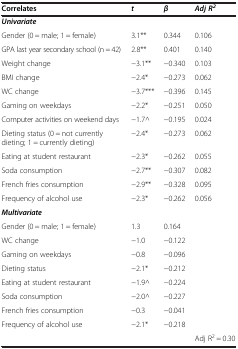
<table><thead><tr><td><b>Correlates</b></td><td><b><i>t</i></b></td><td><b><i>β</i></b></td><td><b><i>Adj R</i><sup><i>2</i></sup></b></td></tr></thead><tbody><tr><td><b><i>Univariate</i></b></td><td> </td><td> </td><td> </td></tr><tr><td>Gender (0 = male; 1 = female)</td><td>3.1**</td><td>0.344</td><td>0.106</td></tr><tr><td>GPA last year secondary school (n = 42)</td><td>2.8**</td><td>0.401</td><td>0.140</td></tr><tr><td>Weight change</td><td>-3.1**</td><td>-0.340</td><td>0.103</td></tr><tr><td>BMI change</td><td>-2.4*</td><td>-0.273</td><td>0.062</td></tr><tr><td>WC change</td><td>-3.7***</td><td>-0.396</td><td>0.145</td></tr><tr><td>Gaming on weekdays</td><td>-2.2*</td><td>-0.251</td><td>0.050</td></tr><tr><td>Computer activities on weekend days</td><td>-1.7^</td><td>-0.195</td><td>0.024</td></tr><tr><td>Dieting status (0 = not currently dieting; 1 = currently dieting)</td><td>-2.4*</td><td>-0.273</td><td>0.062</td></tr><tr><td>Eating at student restaurant</td><td>-2.3*</td><td>-0.262</td><td>0.055</td></tr><tr><td>Soda consumption</td><td>-2.7**</td><td>-0.307</td><td>0.082</td></tr><tr><td>French fries consumption</td><td>-2.9**</td><td>-0.328</td><td>0.095</td></tr><tr><td>Frequency of alcohol use</td><td>-2.3*</td><td>-0.262</td><td>0.056</td></tr><tr><td><b><i>Multivariate</i></b></td><td> </td><td> </td><td> </td></tr><tr><td>Gender (0 = male; 1 = female)</td><td>1.3</td><td>0.164</td><td> </td></tr><tr><td>WC change</td><td>-1.0</td><td>-0.122</td><td> </td></tr><tr><td>Gaming on weekdays</td><td>-0.8</td><td>-0.096</td><td> </td></tr><tr><td>Dieting status</td><td>-2.1*</td><td>-0.212</td><td> </td></tr><tr><td>Eating at student restaurant</td><td>-1.9^</td><td>-0.224</td><td> </td></tr><tr><td>Soda consumption</td><td>-2.0^</td><td>-0.227</td><td> </td></tr><tr><td>French fries consumption</td><td>-0.3</td><td>-0.041</td><td> </td></tr><tr><td>Frequency of alcohol use</td><td>-2.1*</td><td>-0.218</td><td> </td></tr><tr><td> </td><td> </td><td> </td><td>Adj R<sup>2</sup> = 0.30</td></tr></tbody></table>